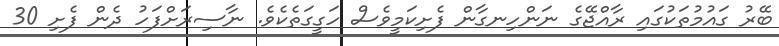
ބޭރު ގައުމުތަކުގައި ރާއްޖޭގެ ނަންހިނގާން ފެށިކަމީވެސް ހަގީގަތެކެވެ. ނާސިރަށްފަހު ދެން ފެށި 30